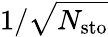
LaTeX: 1/\sqrt{N_{\mathrm{sto}}}